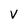
Character: v